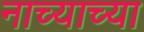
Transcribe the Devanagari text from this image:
नाच्याच्या